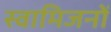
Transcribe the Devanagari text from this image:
स्वामिजनों